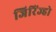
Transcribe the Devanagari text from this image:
जिरिंज्हो